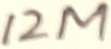
Text: 12M